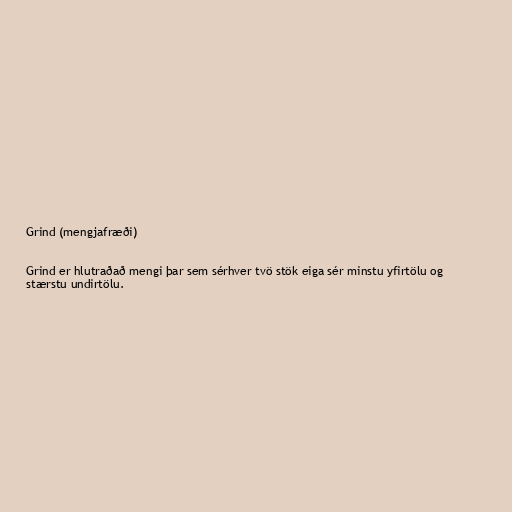
Grind (mengjafræði)

Grind er hlutraðað mengi þar sem sérhver tvö stök eiga sér minstu yfirtölu og
stærstu undirtölu.